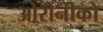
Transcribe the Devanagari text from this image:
ओरीनीको